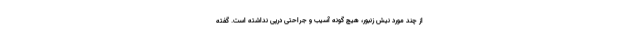
از چند مورد نیش زنبور، هیچ گونه آسیب و جراحتی درپی نداشته است. گفته